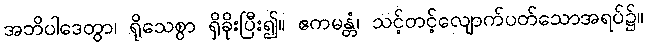
အဘိပါဒေတွာ၊ ရိုသေစွာ ရှိခိုးပြီး၍။ ဧကမန္တံ၊ သင့်တင့်လျောက်ပတ်သောအရပ်၌။